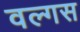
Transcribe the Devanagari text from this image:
वल्गस